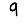
Digit: 9